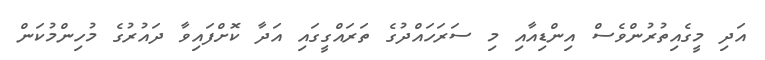
އަދި މީގެއިތުރުންވެސް އިންޑިއާއި މި ސަރަހައްދުގެ ތަރައްގީގައި އަދާ ކޮށްފައިވާ ދައުރުގެ މުހިންމުކަން